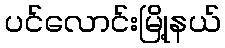
ပင်လောင်းမြို့နယ်